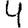
Digit: 4